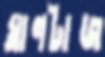
ঘ্রাণটাজ